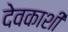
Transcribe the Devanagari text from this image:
देवकाशी